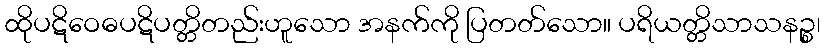
ထိုပဋိဝေဓပဋိပတ္တိတည်းဟူသော အနက်ကို ပြတတ်သော။ ပရိယတ္တိသာသနဉ္စ၊